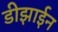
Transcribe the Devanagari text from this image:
डीझाईन